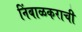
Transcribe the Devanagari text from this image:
निंबाळकराची